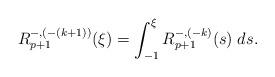
LaTeX: \begin{align*}R^{-,(-(k+1))}_{p+1}(\xi) = \int_{-1}^\xi R^{-,(-k)}_{p+1}(s)\; ds.\end{align*}